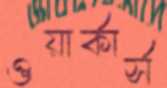
ওয়ার্কার্স